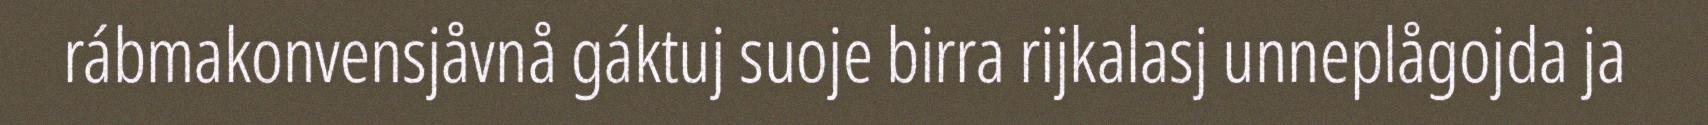
rábmakonvensjåvnå gáktuj suoje birra rijkalasj unneplågojda ja